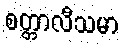
စတ္တာလီသမာ